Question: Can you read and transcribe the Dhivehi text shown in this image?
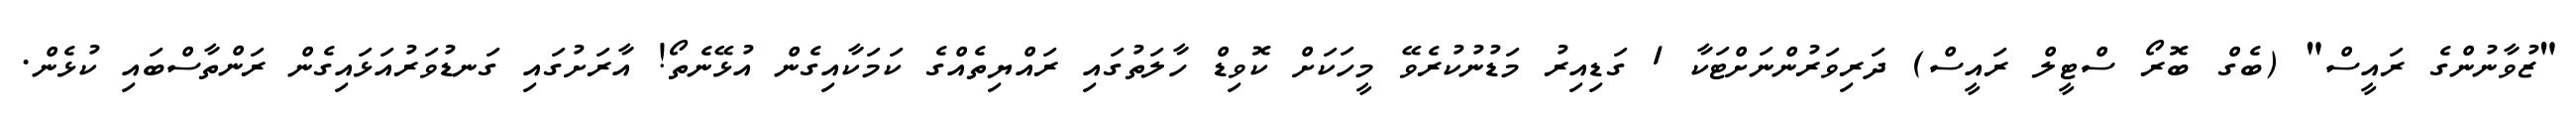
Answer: "ޒުވާނުންގެ ރައީސް" (ބެގް ބޮރޯ ސްޓީލް ރައީސް) ދަރިވަރުންނަށްޓަކާ 1 ގަޑިއިރު މަޑުނުކުރެވޭ މީހަކަށް ކޮވިޑް ހާލަތުގައި ރައްޔިތެއްގެ ކަމަކާއިގެން އުޅޭނެތޯ! އާރަށުގައި ގަނޑުވަރުއަޅައިގެން ރަންތާސްބައި ކުޅެން.